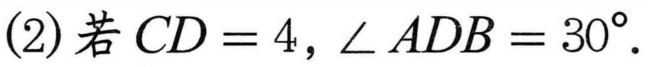
(2)若\(CD = 4\)，\(\angle ADB = 30^{\circ}\).